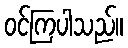
ဝင်ကြပါသည်။